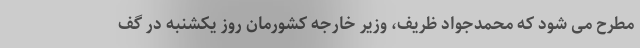
مطرح می شود که محمدجواد ظریف، وزیر خارجه کشورمان روز یکشنبه در گف